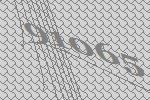
91065